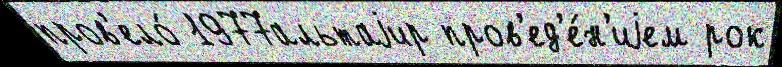
пров'ело́ 1977альтаjир пров'ед'е́н'иjем рок